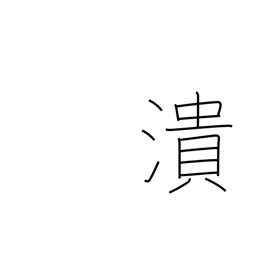
Meaning: crush